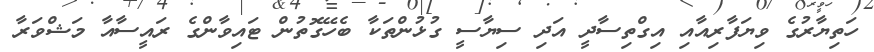
ހަތިޔާރުގެ ވިޔަފާރިއާއި އިގްތިސާދީ އަދި ސިޔާސީ ގުޅުންތަކާ ބެހޭގޮތުން ޓައިވާންގެ ރައީސާއާ މަޝްވަރާ